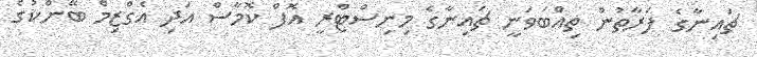
ޗައިނާގެ ފަރާތުން ތިއްބަވަނީ ޗައިނާގެ މިނިސްޓްރީ އޮފް ކޮމާސް އަދި އެގްޒިމް ބޭންކުގެ